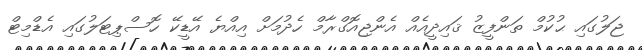
ޖަލުގައި ޙުކުމް ތަންފީޒު ޤައިދީއެއް އެންޖިއޮގްރާމް ހެދުމަށް އިއްޔެ އޭޑީކޭ ހޮސްޕިޓަލުގައި އެޑްމިޓް